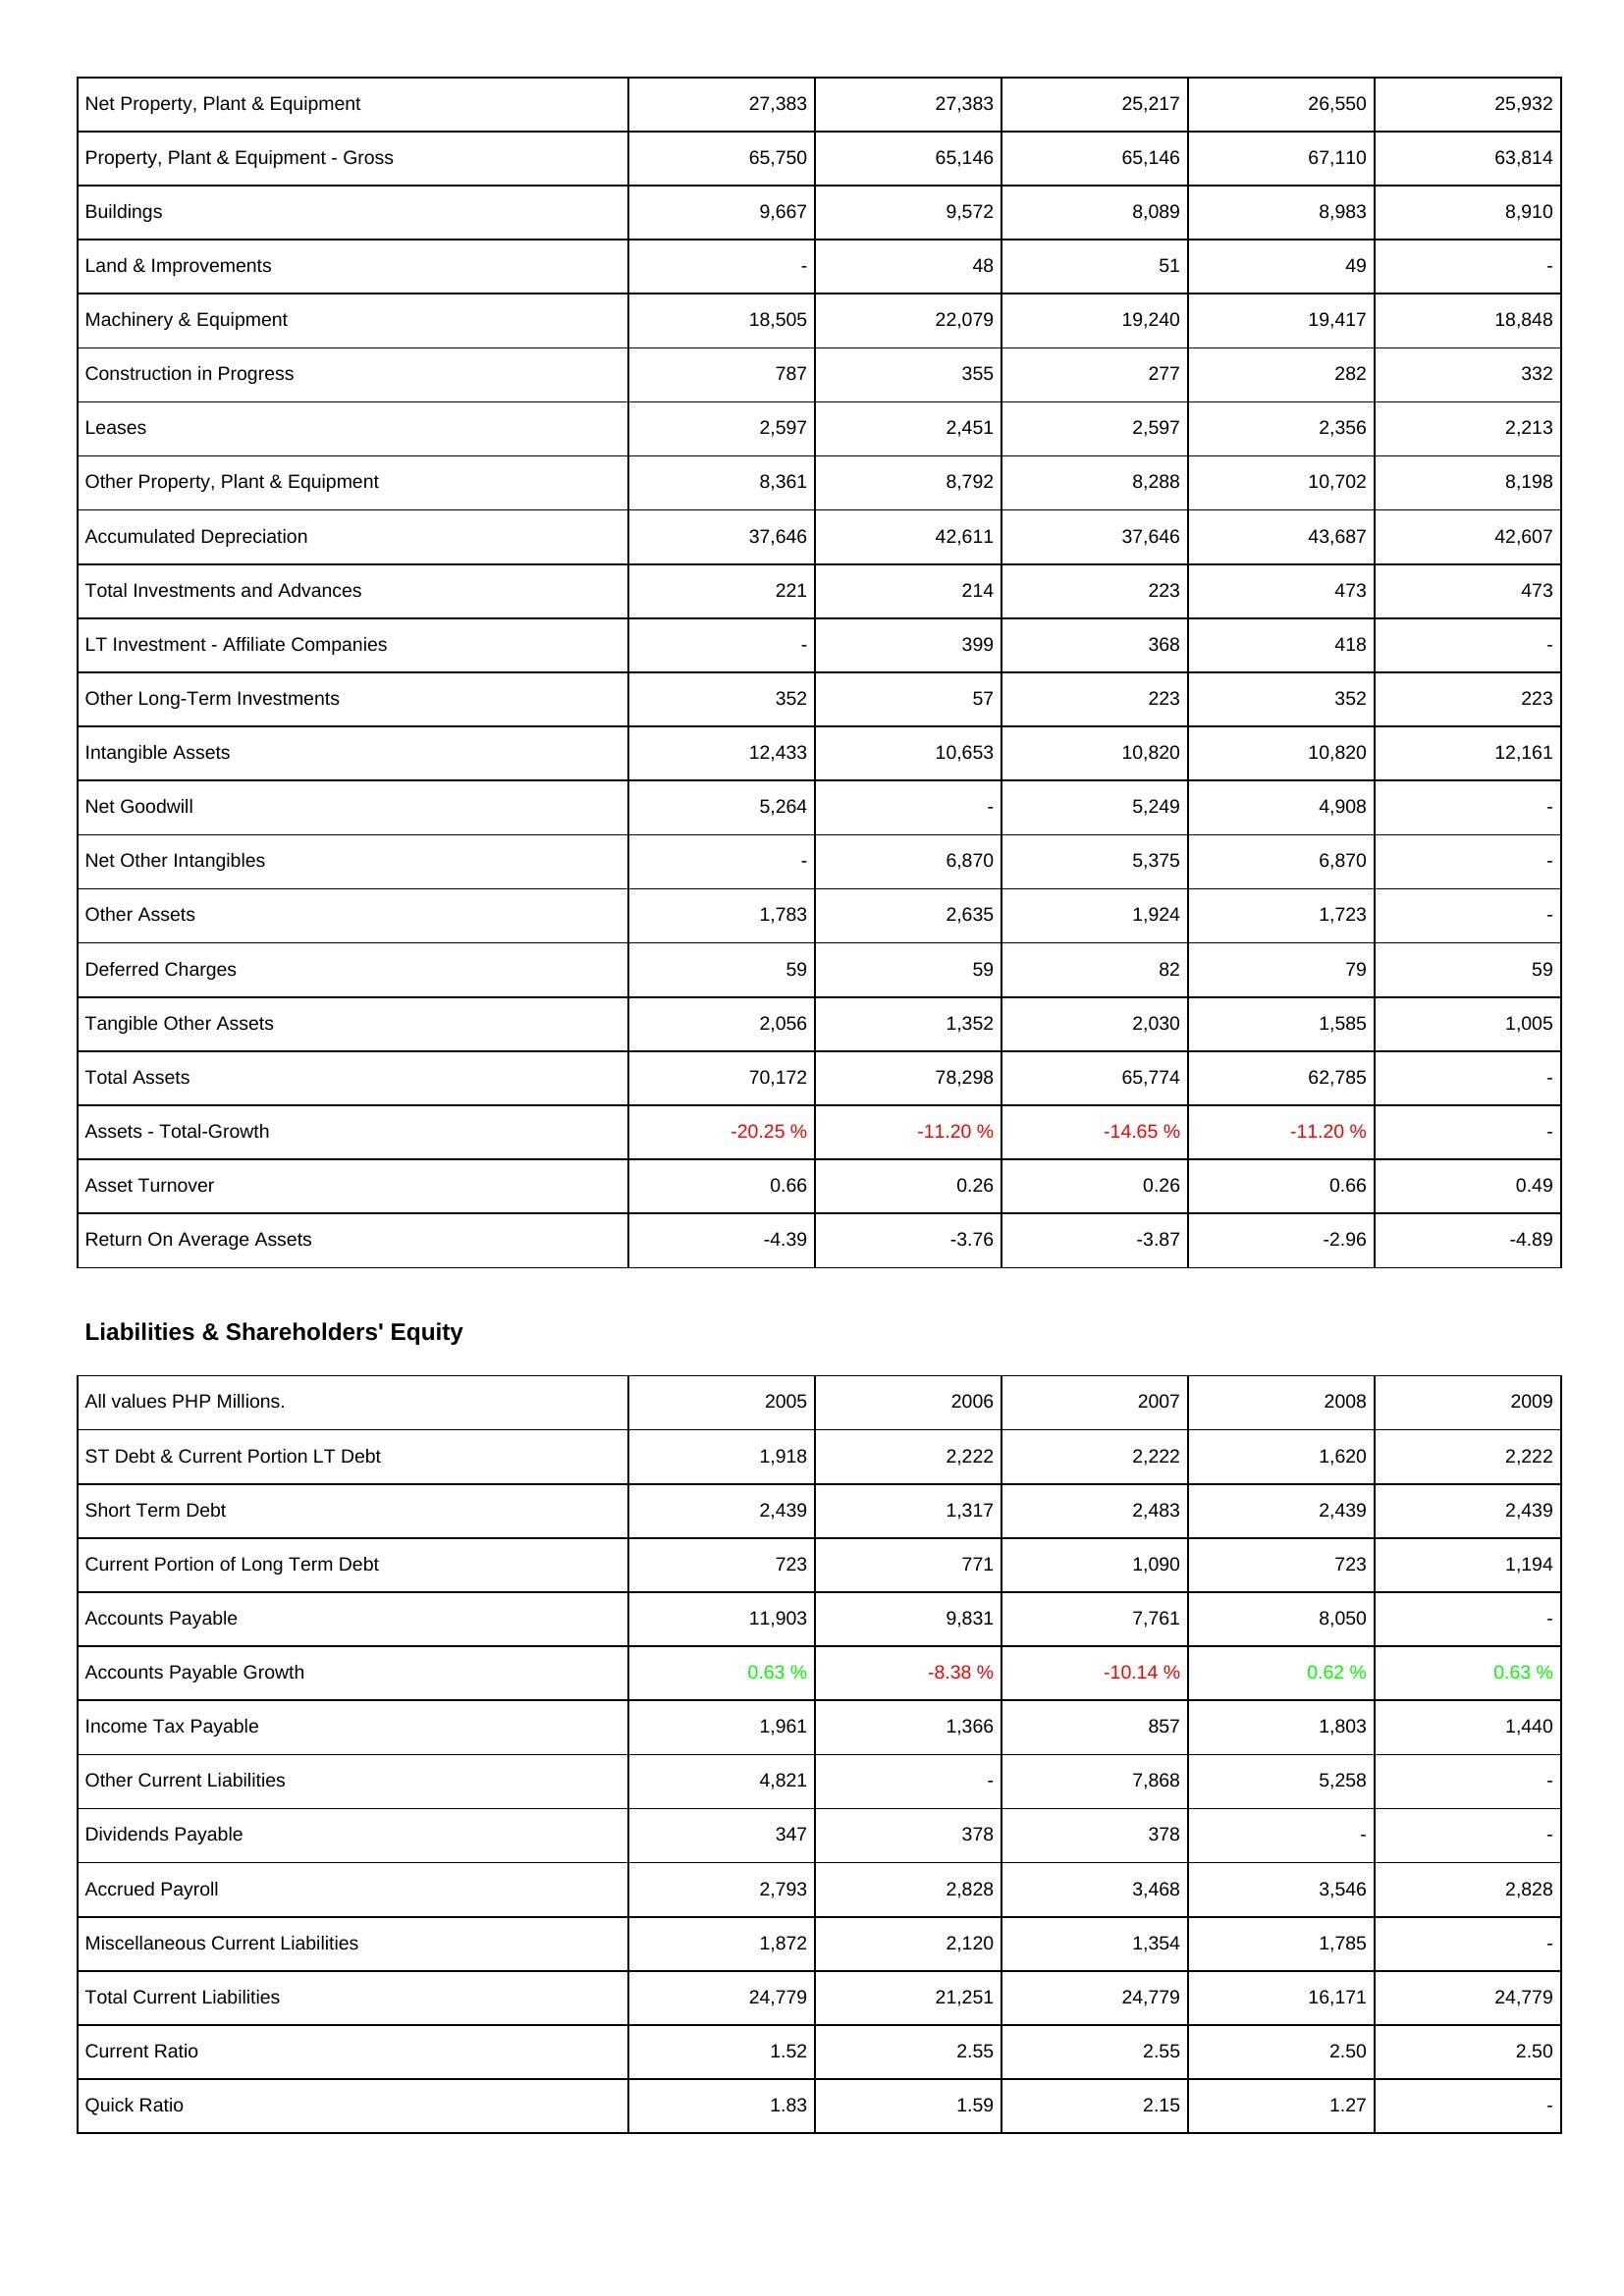
2005: Assets: Net Property, Plant & Equipment: 27,383
Property, Plant & Equipment - Gross: 65,750
Buildings: 9,667
Land & Improvements: -
Machinery & Equipment: 18,505
Construction in Progress: 787
Leases: 2,597
Other Property, Plant & Equipment: 8,361
Accumulated Depreciation: 37,646
Total Investments and Advances: 221
LT Investment - Affiliate Companies: -
Other Long-Term Investments: 352
Intangible Assets: 12,433
Net Goodwill: 5,264
Net Other Intangibles: -
Other Assets: 1,783
Deferred Charges: 59
Tangible Other Assets: 2,056
Total Assets: 70,172
Assets - Total-Growth: -20.25 %
Asset Turnover: 0.66
Return On Average Assets: -4.39
Liabilities & Shareholders' Equity: ST Debt & Current Portion LT Debt: 1,918
Short Term Debt: 2,439
Current Portion of Long Term Debt: 723
Accounts Payable: 11,903
Accounts Payable Growth: 0.63 %
Income Tax Payable: 1,961
Other Current Liabilities: 4,821
Dividends Payable: 347
Accrued Payroll: 2,793
Miscellaneous Current Liabilities: 1,872
Total Current Liabilities: 24,779
Current Ratio: 1.52
Quick Ratio: 1.83
2006: Assets: Net Property, Plant & Equipment: 27,383
Property, Plant & Equipment - Gross: 65,146
Buildings: 9,572
Land & Improvements: 48
Machinery & Equipment: 22,079
Construction in Progress: 355
Leases: 2,451
Other Property, Plant & Equipment: 8,792
Accumulated Depreciation: 42,611
Total Investments and Advances: 214
LT Investment - Affiliate Companies: 399
Other Long-Term Investments: 57
Intangible Assets: 10,653
Net Goodwill: -
Net Other Intangibles: 6,870
Other Assets: 2,635
Deferred Charges: 59
Tangible Other Assets: 1,352
Total Assets: 78,298
Assets - Total-Growth: -11.20 %
Asset Turnover: 0.26
Return On Average Assets: -3.76
Liabilities & Shareholders' Equity: ST Debt & Current Portion LT Debt: 2,222
Short Term Debt: 1,317
Current Portion of Long Term Debt: 771
Accounts Payable: 9,831
Accounts Payable Growth: -8.38 %
Income Tax Payable: 1,366
Other Current Liabilities: -
Dividends Payable: 378
Accrued Payroll: 2,828
Miscellaneous Current Liabilities: 2,120
Total Current Liabilities: 21,251
Current Ratio: 2.55
Quick Ratio: 1.59
2007: Assets: Net Property, Plant & Equipment: 25,217
Property, Plant & Equipment - Gross: 65,146
Buildings: 8,089
Land & Improvements: 51
Machinery & Equipment: 19,240
Construction in Progress: 277
Leases: 2,597
Other Property, Plant & Equipment: 8,288
Accumulated Depreciation: 37,646
Total Investments and Advances: 223
LT Investment - Affiliate Companies: 368
Other Long-Term Investments: 223
Intangible Assets: 10,820
Net Goodwill: 5,249
Net Other Intangibles: 5,375
Other Assets: 1,924
Deferred Charges: 82
Tangible Other Assets: 2,030
Total Assets: 65,774
Assets - Total-Growth: -14.65 %
Asset Turnover: 0.26
Return On Average Assets: -3.87
Liabilities & Shareholders' Equity: ST Debt & Current Portion LT Debt: 2,222
Short Term Debt: 2,483
Current Portion of Long Term Debt: 1,090
Accounts Payable: 7,761
Accounts Payable Growth: -10.14 %
Income Tax Payable: 857
Other Current Liabilities: 7,868
Dividends Payable: 378
Accrued Payroll: 3,468
Miscellaneous Current Liabilities: 1,354
Total Current Liabilities: 24,779
Current Ratio: 2.55
Quick Ratio: 2.15
2008: Assets: Net Property, Plant & Equipment: 26,550
Property, Plant & Equipment - Gross: 67,110
Buildings: 8,983
Land & Improvements: 49
Machinery & Equipment: 19,417
Construction in Progress: 282
Leases: 2,356
Other Property, Plant & Equipment: 10,702
Accumulated Depreciation: 43,687
Total Investments and Advances: 473
LT Investment - Affiliate Companies: 418
Other Long-Term Investments: 352
Intangible Assets: 10,820
Net Goodwill: 4,908
Net Other Intangibles: 6,870
Other Assets: 1,723
Deferred Charges: 79
Tangible Other Assets: 1,585
Total Assets: 62,785
Assets - Total-Growth: -11.20 %
Asset Turnover: 0.66
Return On Average Assets: -2.96
Liabilities & Shareholders' Equity: ST Debt & Current Portion LT Debt: 1,620
Short Term Debt: 2,439
Current Portion of Long Term Debt: 723
Accounts Payable: 8,050
Accounts Payable Growth: 0.62 %
Income Tax Payable: 1,803
Other Current Liabilities: 5,258
Dividends Payable: -
Accrued Payroll: 3,546
Miscellaneous Current Liabilities: 1,785
Total Current Liabilities: 16,171
Current Ratio: 2.50
Quick Ratio: 1.27
2009: Assets: Net Property, Plant & Equipment: 25,932
Property, Plant & Equipment - Gross: 63,814
Buildings: 8,910
Land & Improvements: -
Machinery & Equipment: 18,848
Construction in Progress: 332
Leases: 2,213
Other Property, Plant & Equipment: 8,198
Accumulated Depreciation: 42,607
Total Investments and Advances: 473
LT Investment - Affiliate Companies: -
Other Long-Term Investments: 223
Intangible Assets: 12,161
Net Goodwill: -
Net Other Intangibles: -
Other Assets: -
Deferred Charges: 59
Tangible Other Assets: 1,005
Total Assets: -
Assets - Total-Growth: -
Asset Turnover: 0.49
Return On Average Assets: -4.89
Liabilities & Shareholders' Equity: ST Debt & Current Portion LT Debt: 2,222
Short Term Debt: 2,439
Current Portion of Long Term Debt: 1,194
Accounts Payable: -
Accounts Payable Growth: 0.63 %
Income Tax Payable: 1,440
Other Current Liabilities: -
Dividends Payable: -
Accrued Payroll: 2,828
Miscellaneous Current Liabilities: -
Total Current Liabilities: 24,779
Current Ratio: 2.50
Quick Ratio: -